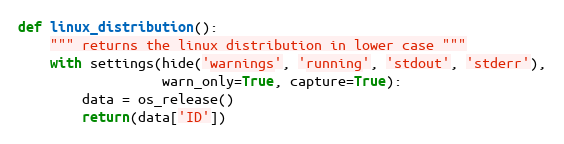
Language: Python
def linux_distribution():
    """ returns the linux distribution in lower case """
    with settings(hide('warnings', 'running', 'stdout', 'stderr'),
                  warn_only=True, capture=True):
        data = os_release()
        return(data['ID'])